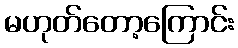
မဟုတ်တော့ကြောင်း